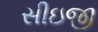
સીઇજી